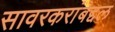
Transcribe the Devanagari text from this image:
सावरकरांबद्दल